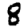
Digit: 8